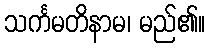
သင်္ကမတိနာမ၊ မည်၏။